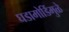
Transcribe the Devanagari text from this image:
घडामोडिंमुळे